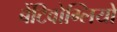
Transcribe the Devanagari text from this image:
बेंटिवोग्लियो